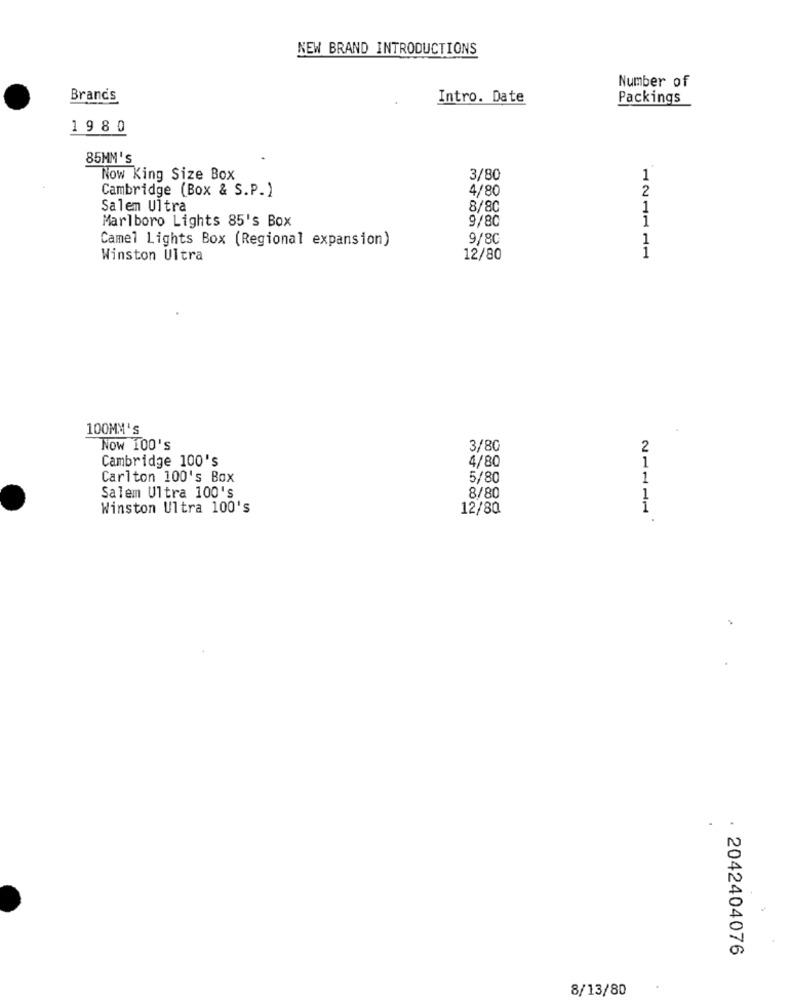
NEW BRAND INTRODUCTIONS
Number of
Brand's
Intro. Date
Packings
19 80
85MM'S
Now King Size Box
3/80
1
Cambridge (Box & S.P.)
4/80
2
Salem Ultra
8/8C
1
Marlboro Lights 85's Box
9/80
Camel Lights Box (Regional expansion)
9/8C
1
1
Winston Ultra
12/80
100MM's
Now 100's
3/80
2
Cambridge 100's
1
4/80
Carlton 100's Box
5/80
1
Salem Ultra 100's
8/80
Winston Ultra 100's
12/80
2042404076
8/13/80